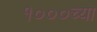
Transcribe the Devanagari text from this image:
१०००च्या